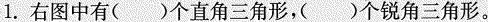
1.右图中有()个直角三角形，( )个锐角三角形。